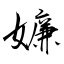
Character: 嬚